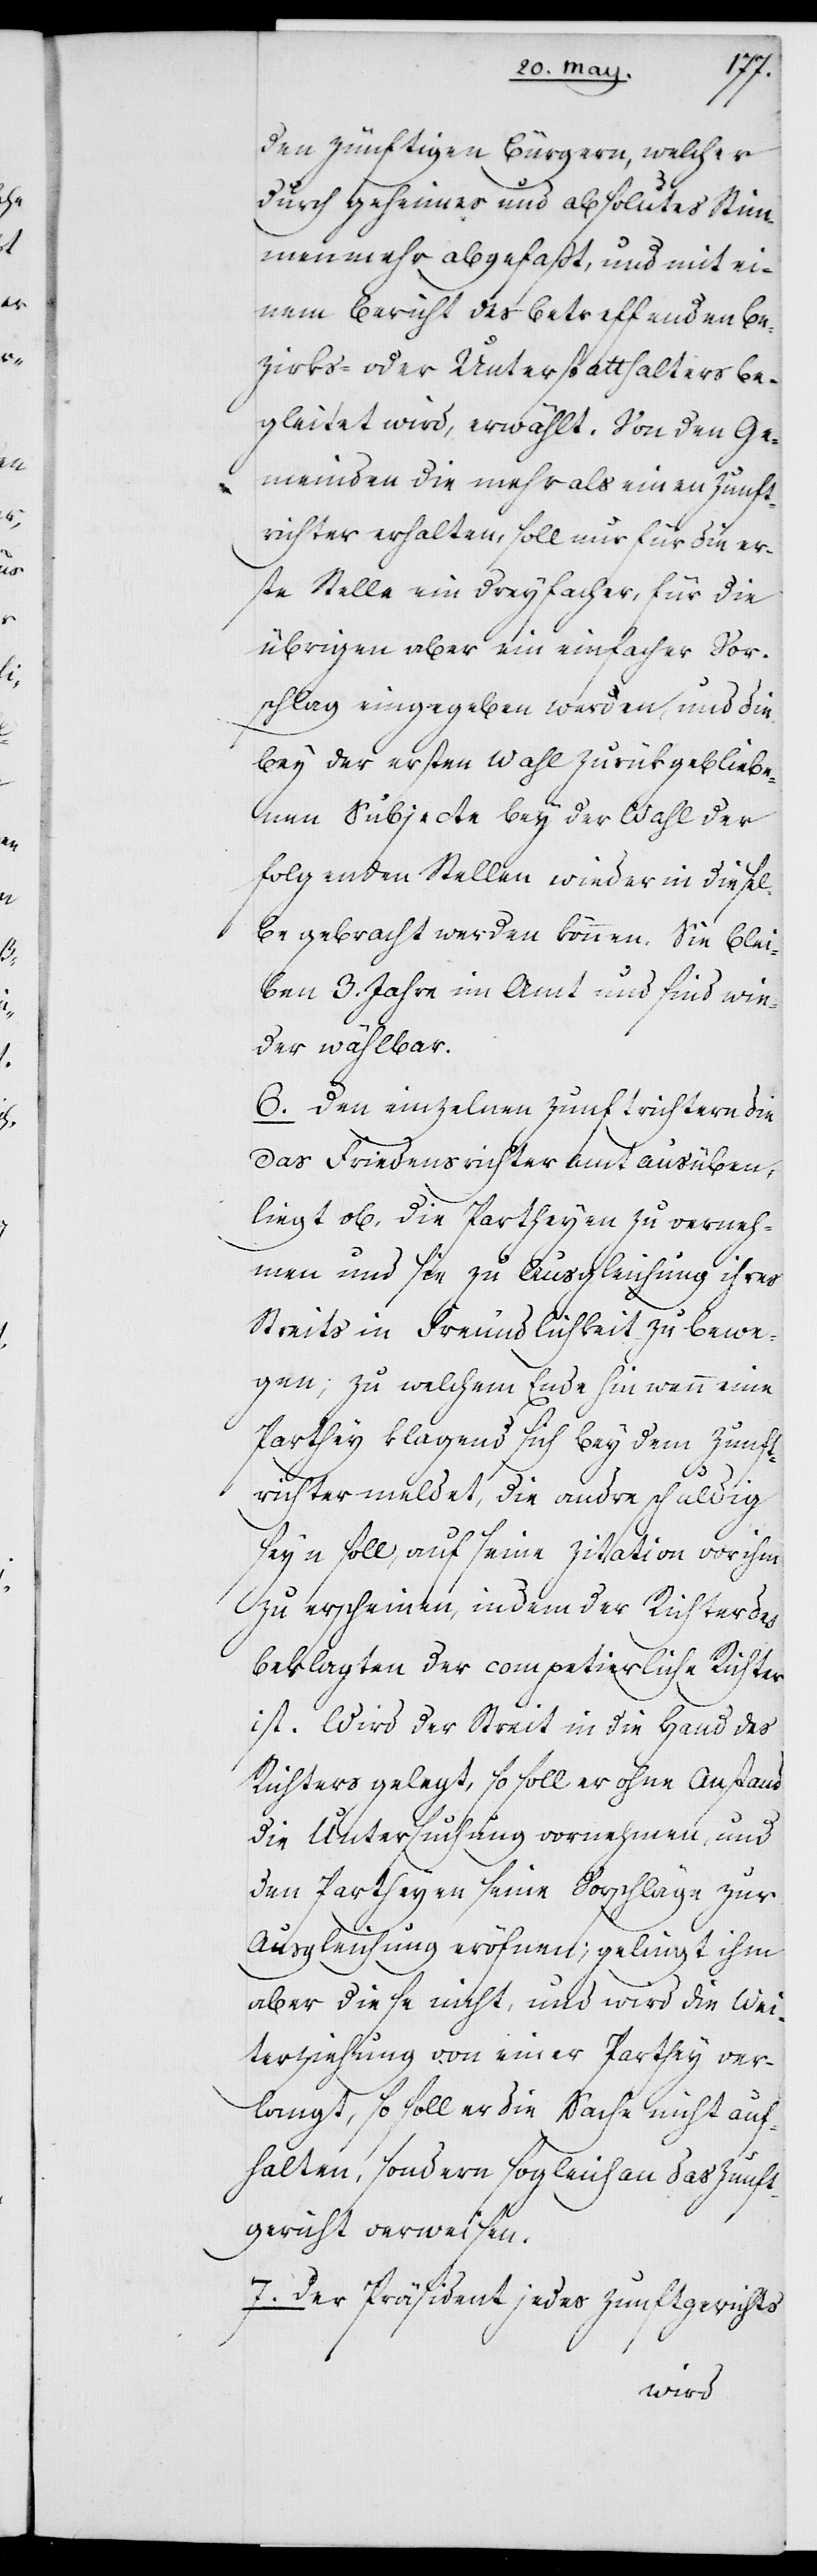
den zünftigen Bürgern, welcher
durch geheimes und absolutes Stim¬
menmehr abgefaßt, und mit ei¬
nem Bericht des betreffenden Be¬
zirks- oder Unterstatthalters be¬
gleitet wird, erwählt. Von den Ge¬
meinden die mehr als einen Zunft¬
richter erhalten, soll nur für die er¬
ste Stelle ein dreyfacher, für die
übrigen aber einfacher Vor¬
schlag eingegeben werden, und die
bey der ersten Wahl zurükgebliebe¬
nen Subjecte bey der Wahl der
folgenden Stellen wieder in diesel¬
be gebracht werden können. Sie blei¬
ben drey Jahre im Amt und sind wie¬
der wählbar.
6. Den einzelnen Zunftrichtern, die
das Friedensrichteramt ausüben,
liegt ob, die Partheyen zu verneh¬
men und sie zu Ausgleichung ihres
Streits in Freundlichkeit zu bewe¬
gen; zu welchem Ende hin wenn eine
Parthey klagend sich bey dem Zunft¬
richter meldet, die andre schuldig
seyn soll, auf seine Zitation vor ihm
zu erscheinen, indem der Richter des
Beklagten der competierliche Richter
ist. Wird der Streit in die Hand des
Richters gelegt, so soll er ohne Anstand
die Untersuchung vornehmen, und
den Partheyen seine Vorschläge zur
Ausgleichung eröffnen; gelingt ihm
aber diese nicht, und wird die Wei¬
terziehung von einer Parthey ver¬
langt, so soll er die Sache nicht auf¬
halten, sondern sogleich an das Zunft¬
gericht verweisen.
7. Der Präsident jedes Zunftgerichts